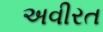
અવીરત